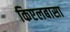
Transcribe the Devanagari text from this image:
किएलबासा